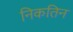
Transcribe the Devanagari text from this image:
निकतिन